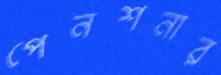
পেনশনার